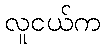
လူငယ်က